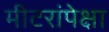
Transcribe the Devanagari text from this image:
मीटरांपेक्षा